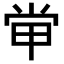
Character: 𡭵